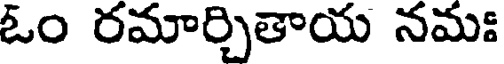
ఓం రమార్చితాయ నమః